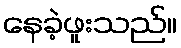
နေခဲ့ဖူးသည်။